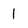
Character: 1